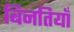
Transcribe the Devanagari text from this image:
बिनतियाँ